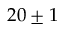
2 0 \pm 1